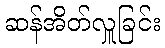
ဆန်အိတ်လှူခြင်း